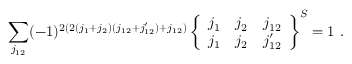
\sum _ { j _ { 1 2 } } ( - 1 ) ^ { 2 ( 2 ( j _ { 1 } + j _ { 2 } ) ( j _ { 1 2 } + j _ { 1 2 } ^ { \prime } ) + j _ { 1 2 } ) } \left\{ \begin{array} { c c c } { { j _ { 1 } } } & { { j _ { 2 } } } & { { j _ { 1 2 } } } \\ { { j _ { 1 } } } & { { j _ { 2 } } } & { { j _ { 1 2 } ^ { \prime } } } \end{array} \right\} ^ { S } = 1 ~ .